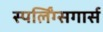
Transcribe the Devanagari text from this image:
स्पर्लिंग्सगार्स